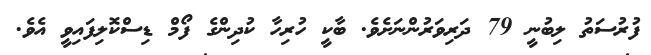
ފުރުސަތު ލިބުނީ 79 ދަރިވަރުންނަށެވެ. ބާކީ ހުރިހާ ކުދިންގެ ފޯމް ޑިސްކޮލިފައިވީ އެވެ.